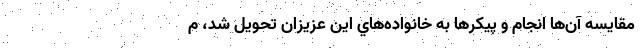
مقايسه آن‌ها انجام و پيكرها به خانواده‌هاي اين عزيزان تحويل شد، م